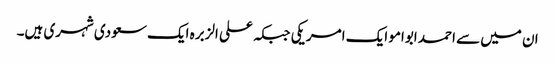
ان میں سے احمد ابوامو ایک امریکی جبکہ علی الزبرہ ایک سعودی شہری ہیں۔